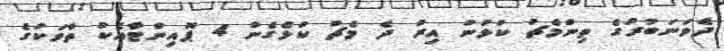
ދެވަނަބުރުގެ ތިންމެޗު ކުޅުނު އިރު ދެ މެޗު ކުޅެގެން 4 ޕޮއިންޓާއެކު ތާވަކުގެ